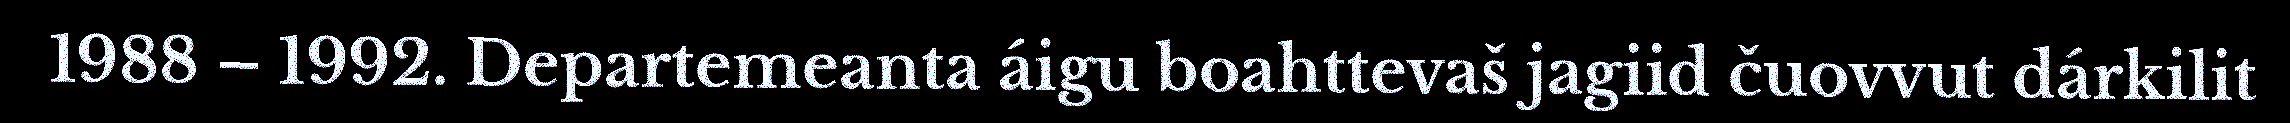
1988 – 1992. Departemeanta áigu boahttevaš jagiid čuovvut dárkilit